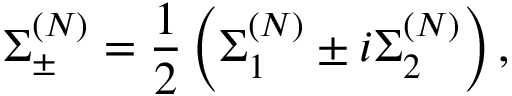
\Sigma _ { \pm } ^ { ( N ) } = \frac { 1 } { 2 } \left( \Sigma _ { 1 } ^ { ( N ) } \pm i \Sigma _ { 2 } ^ { ( N ) } \right) ,